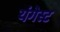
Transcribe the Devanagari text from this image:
यंगेस्ट